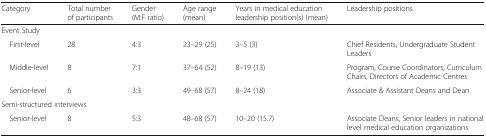
<table><thead><tr><td><b>Category</b></td><td><b>Total number of participants</b></td><td><b>Gender (M:F ratio)</b></td><td><b>Age range (mean)</b></td><td><b>Years in medical education leadership position(s) (mean)</b></td><td><b>Leadership positions</b></td></tr></thead><tbody><tr><td colspan="6">Event Study</td></tr><tr><td> First-level</td><td>28</td><td>4:3</td><td>23–29 (25)</td><td>3–5 (3)</td><td>Chief Residents, Undergraduate Student Leaders</td></tr><tr><td> Middle-level</td><td>8</td><td>7:1</td><td>37–64 (52)</td><td>8–19 (13)</td><td>Program, Course Coordinators, Curriculum Chairs, Directors of Academic Centres</td></tr><tr><td> Senior-level</td><td>6</td><td>3:3</td><td>49–68 (57)</td><td>8–24 (18)</td><td>Associate &amp; Assistant Deans and Dean</td></tr><tr><td colspan="6">Semi-structured interviews</td></tr><tr><td> Senior-level</td><td>8</td><td>5:3</td><td>48–68 (57)</td><td>10–20 (15.7)</td><td>Associate Deans, Senior leaders in national level medical education organizations</td></tr></tbody></table>